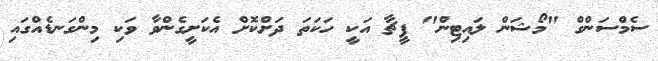
ސެމްސަންގް "މޯޝަން ލައިޓިން" ފީޗާ އަކީ ހަކަތަ ދަށްކޮށް އެކަށީގެންވާ ވަކި މިންގަނޑެއްގައި